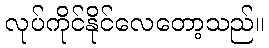
လုပ်ကိုင်နိုင်လေတော့သည်။